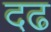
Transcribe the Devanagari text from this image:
दढ